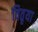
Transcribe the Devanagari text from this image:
वितृया